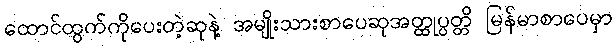
ထောင်ထွက်ကိုပေးတဲ့ဆုနဲ့ အမျိုးသားစာပေဆုအတ္ထုပ္ပတ္တိ မြန်မာစာပေမှာ